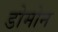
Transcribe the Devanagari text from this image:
डोमोन